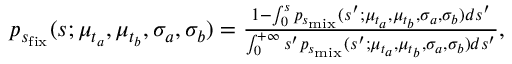
\begin{array} { r } { p _ { s _ { \mathrm { f i x } } } ( s ; \mu _ { t _ { a } } , \mu _ { t _ { b } } , \sigma _ { a } , \sigma _ { b } ) = \frac { 1 - \int _ { 0 } ^ { s } p _ { s _ { \mathrm { m i x } } } ( s ^ { \prime } ; \mu _ { t _ { a } } , \mu _ { t _ { b } } , \sigma _ { a } , \sigma _ { b } ) d s ^ { \prime } } { \int _ { 0 } ^ { + \infty } s ^ { \prime } p _ { s _ { \mathrm { m i x } } } ( s ^ { \prime } ; \mu _ { t _ { a } } , \mu _ { t _ { b } } , \sigma _ { a } , \sigma _ { b } ) d s ^ { \prime } } , } \end{array}